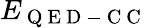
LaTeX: E_{\mathrm{~Q~E~D~-~C~C~}}